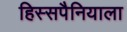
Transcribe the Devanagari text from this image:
हिस्सपैनियाला